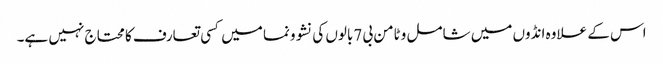
اس کے علاوہ انڈوں میں شامل وٹامن بی 7بالوں کی نشوونما میں کسی تعارف کا محتاج نہیں ہے۔